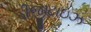
ડીજીટાઇઝ